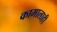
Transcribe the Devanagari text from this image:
कामालाही